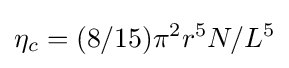
\eta _{c}=(8/15)\pi ^{2}r^{5}N/L^{5}